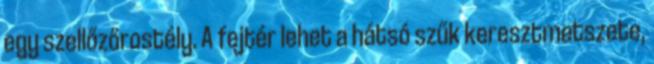
egy szellőzőrostély. A fejtér lehet a hátsó szűk keresztmetszete,